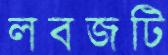
লবজটি